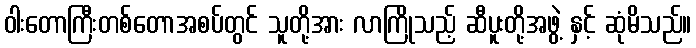
ဝါးတောကြီးတစ်တောအစပ်တွင် သူတို့အား လာကြိုသည့် ဆီပူးတို့အဖွဲ့ နှင့် ဆုံမိသည်။